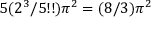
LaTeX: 5 ( 2 ^ { 3 } / 5 ! ! ) \pi ^ { 2 } = ( 8 / 3 ) \pi ^ { 2 }